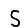
Digit: 5